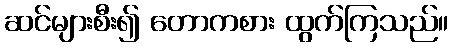
ဆင်များစီး၍ တောကစား ထွက်ကြသည်။